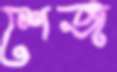
শেজ